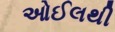
ઓઈલથી